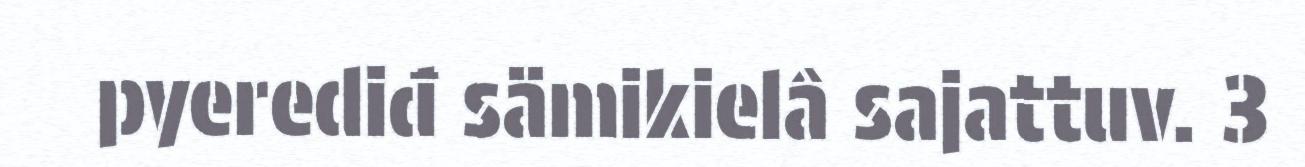
pyerediđ sämikielâ sajattuv. 3